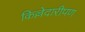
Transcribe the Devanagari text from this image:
किल्लेदारीपण